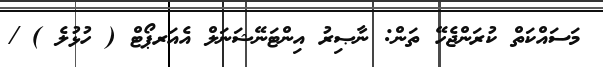
މަސައްކަތް ކުރަންޖެހޭ ތަން: ނާޞިރު އިންޓަނޭޝަނަލް އެއަރޕޯޓް ( ހުޅުލެ ) /